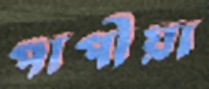
পাপীয়া